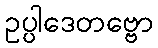
ဥပ္ပါဒေတဗ္ဗော